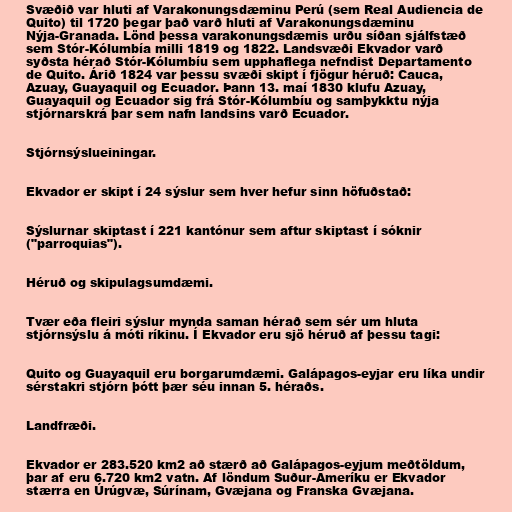
Svæðið var hluti af Varakonungsdæminu Perú (sem Real Audiencia de
Quito) til 1720 þegar það varð hluti af Varakonungsdæminu
Nýja-Granada. Lönd þessa varakonungsdæmis urðu síðan sjálfstæð
sem Stór-Kólumbía milli 1819 og 1822. Landsvæði Ekvador varð
syðsta hérað Stór-Kólumbíu sem upphaflega nefndist Departamento
de Quito. Árið 1824 var þessu svæði skipt í fjögur héruð: Cauca,
Azuay, Guayaquil og Ecuador. Þann 13. maí 1830 klufu Azuay,
Guayaquil og Ecuador sig frá Stór-Kólumbíu og samþykktu nýja
stjórnarskrá þar sem nafn landsins varð Ecuador.

Stjórnsýslueiningar.

Ekvador er skipt í 24 sýslur sem hver hefur sinn höfuðstað:

Sýslurnar skiptast í 221 kantónur sem aftur skiptast í sóknir
("parroquias").

Héruð og skipulagsumdæmi.

Tvær eða fleiri sýslur mynda saman hérað sem sér um hluta
stjórnsýslu á móti ríkinu. Í Ekvador eru sjö héruð af þessu tagi:

Quito og Guayaquil eru borgarumdæmi. Galápagos-eyjar eru líka undir
sérstakri stjórn þótt þær séu innan 5. héraðs.

Landfræði.

Ekvador er 283.520 km2 að stærð að Galápagos-eyjum meðtöldum,
þar af eru 6.720 km2 vatn. Af löndum Suður-Ameríku er Ekvador
stærra en Úrúgvæ, Súrínam, Gvæjana og Franska Gvæjana.